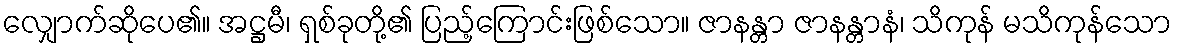
လျှောက်ဆိုပေ၏။ အဋ္ဌမီ၊ ရှစ်ခုတို့၏ ပြည့်ကြောင်းဖြစ်သော။ ဇာနန္တာ ဇာနန္တာနံ၊ သိကုန် မသိကုန်သော